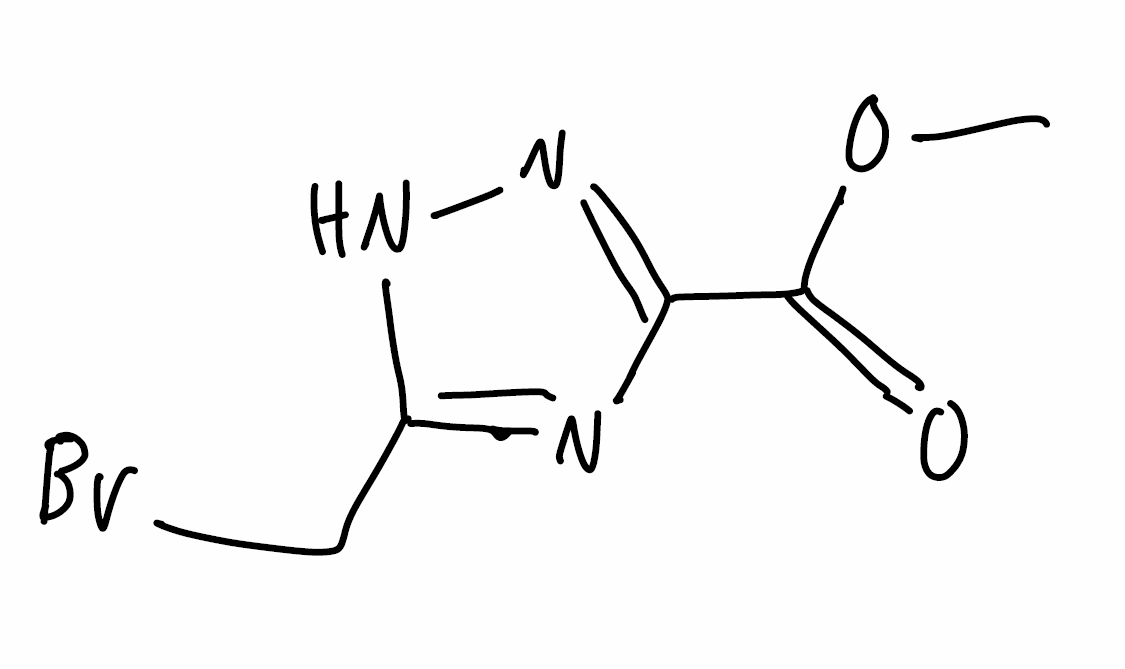
Simplified molecular-input line-entry system (SMILES) notation of the given molecule:
COC(=O)C1=NNC(=N1)CBr